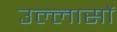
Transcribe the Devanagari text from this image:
उल्लासों